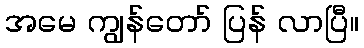
အမေ ကျွန်တော် ပြန် လာပြီ။